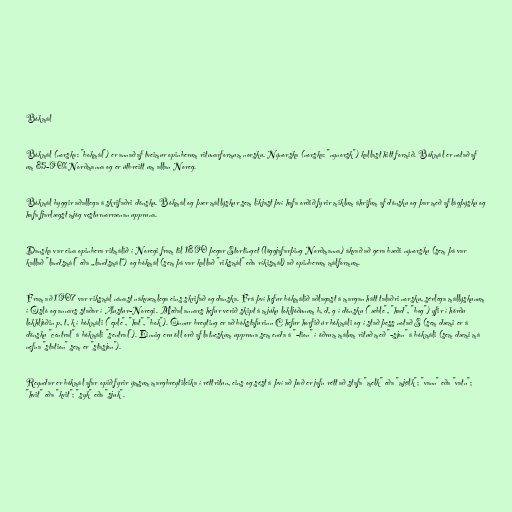
Bókmál

Bókmál (norska: "bokmål") er annað af tveimur opinberum ritunarformum norsku. Nýnorska (norska: "nynorsk") kallast hitt formið. Bókmál er notað af
um 85-90% Norðmanna og er útbreitt um allan Noreg.

Bókmál byggir aðallega á skrifaðri dönsku. Bókmál og þær mállýskur sem líkjast því hafa orðið fyrir miklum áhrifum af dönsku og þar með af lágþýsku og
hafa fjarlægst mjög vesturnorrænan uppruna.

Danska var eina opinbera ritmálið í Noregi fram til 1890 þegar Stortinget (löggjafarþing Norðmanna) ákvað að gera bæði nýnorsku (sem þá var
kallað "landsmål" eða „landsmál“) og bókmál (sem þá var kallað "riksmål" eða ríkismál) að opinberum málformum.

Fram að 1907 var riksmål nánast nákvæmlega eins skrifað og danska. Frá því hefur bókmálið aðlagast á margan hátt talaðri norsku, sérlega mállýskunum
í Ósló og annars staðar í Austur-Noregi. Meðal annars hefur verið skipt á mjúku lokljóðunum b, d, g í dönsku ("æble", "had", "bog") yfir í hörðu
lokhljóðin p, t, k í bókmáli ("eple", "hat", "bok"). Önnur breyting er að bókstafurinn C hefur horfið úr bókmáli og í stað þess notað S (sem dæmi er á
dönsku "central" á bókmáli "sentral"). Einnig eru öll orð af latneskum uppruna sem enda á "-tion" í öðrum málum rituð með "-sjon" á bókmáli (sem dæmi má
nefna "station" sem er "stasjon").

Reyndar er bókmál afar opið fyrir ýmsum margbreytileika í réttritun, eins og sést á því að það er jafn rétt að stafa "melk" eða "mjølk"; "vann" eða "vatn";
"hvit" eða "kvit"; "syk" eða "sjuk".